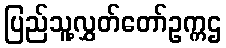
ပြည်သူ့လွှတ်တော်ဥက္ကဌ